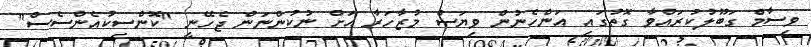
ވިސާމް ގަބޫލުކުރައްވާ ގޮތުގައި އަންހެނުން ވިޔަސް މުޒާހަރާ އަށް ނުކުންނަން ޖެހޭނީ "ކޮންސިކުއެންސެސް"